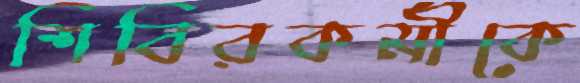
শিবিরকর্মীকে